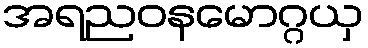
အရညဝနမောဂ္ဂယှ